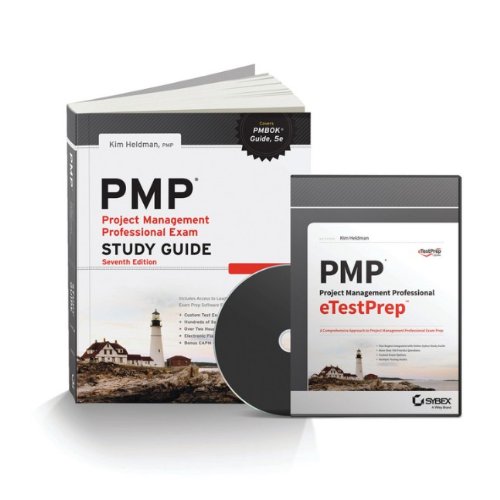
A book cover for PMP Total Test Prep; Kim Heldman; Test Preparation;